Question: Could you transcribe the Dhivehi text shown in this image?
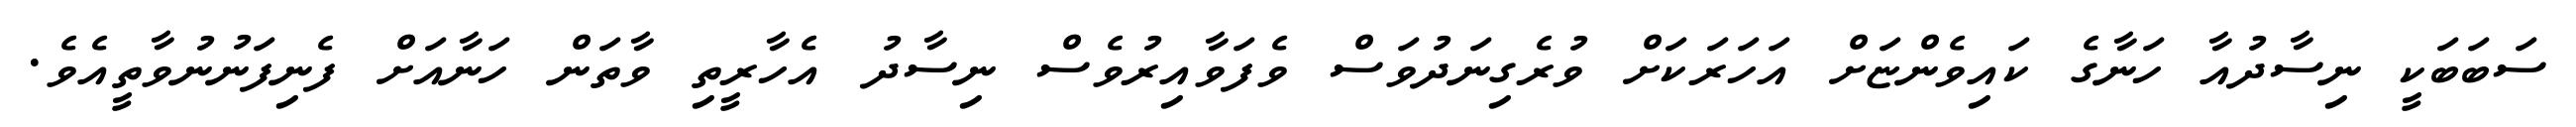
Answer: ސަބަބަކީ ނިސާދުއާ ހަނާގެ ކައިވެންޏަށް އަހަރަކަށް ވުރެގިނަދުވަސް ވެފަވާއިރުވެސް ނިސާދު އެހާރީތި ވާތަން ހަނާއަށް ފެނިފަނުނުވާތީއެވެ.